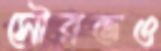
সৌরভও